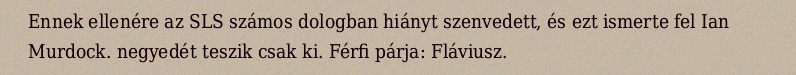
Ennek ellenére az SLS számos dologban hiányt szenvedett, és ezt ismerte fel Ian Murdock. negyedét teszik csak ki. Férfi párja: Fláviusz.